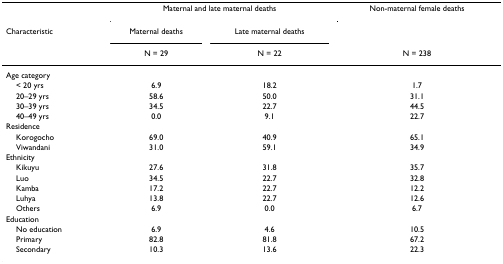
<table><thead><tr><td></td><td colspan="2"><b>Maternal and late maternal deaths</b></td><td><b>Non-maternal female deaths</b></td></tr><tr><td><b>Characteristic</b></td><td><b>Maternal deaths</b></td><td><b>Late maternal deaths</b></td><td></td></tr><tr><td></td><td><b>N = 29</b></td><td><b>N = 22</b></td><td><b>N = 238</b></td></tr></thead><tbody><tr><td colspan="4">Age category</td></tr><tr><td> &lt; 20 yrs</td><td>6.9</td><td>18.2</td><td>1.7</td></tr><tr><td> 20–29 yrs</td><td>58.6</td><td>50.0</td><td>31.1</td></tr><tr><td> 30–39 yrs</td><td>34.5</td><td>22.7</td><td>44.5</td></tr><tr><td> 40–49 yrs</td><td>0.0</td><td>9.1</td><td>22.7</td></tr><tr><td>Residence</td><td></td><td></td><td></td></tr><tr><td> Korogocho</td><td>69.0</td><td>40.9</td><td>65.1</td></tr><tr><td> Viwandani</td><td>31.0</td><td>59.1</td><td>34.9</td></tr><tr><td>Ethnicity</td><td></td><td></td><td></td></tr><tr><td> Kikuyu</td><td>27.6</td><td>31.8</td><td>35.7</td></tr><tr><td> Luo</td><td>34.5</td><td>22.7</td><td>32.8</td></tr><tr><td> Kamba</td><td>17.2</td><td>22.7</td><td>12.2</td></tr><tr><td> Luhya</td><td>13.8</td><td>22.7</td><td>12.6</td></tr><tr><td> Others</td><td>6.9</td><td>0.0</td><td>6.7</td></tr><tr><td>Education</td><td></td><td></td><td></td></tr><tr><td> No education</td><td>6.9</td><td>4.6</td><td>10.5</td></tr><tr><td> Primary</td><td>82.8</td><td>81.8</td><td>67.2</td></tr><tr><td> Secondary</td><td>10.3</td><td>13.6</td><td>22.3</td></tr></tbody></table>